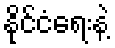
နိုင်ငံရေးနဲ့